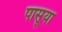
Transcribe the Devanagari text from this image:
पासूया